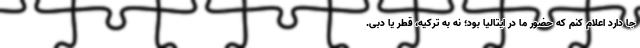
جا دارد اعلام کنم که حضور ما در ایتالیا بود؛ نه به ترکیه، قطر یا دبی.